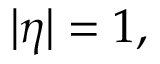
| \eta | = 1 ,